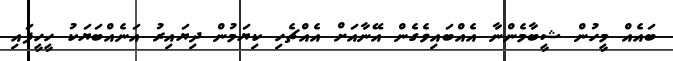
ބައެއް މީހުން ޝީބާމެންނާ އެއްބައިވެގެން އޭނާއަށް އެއްޗެހި ކިޔަމުން ދިޔައިރު އަނެއްބަޔަކު ހީހީފައި